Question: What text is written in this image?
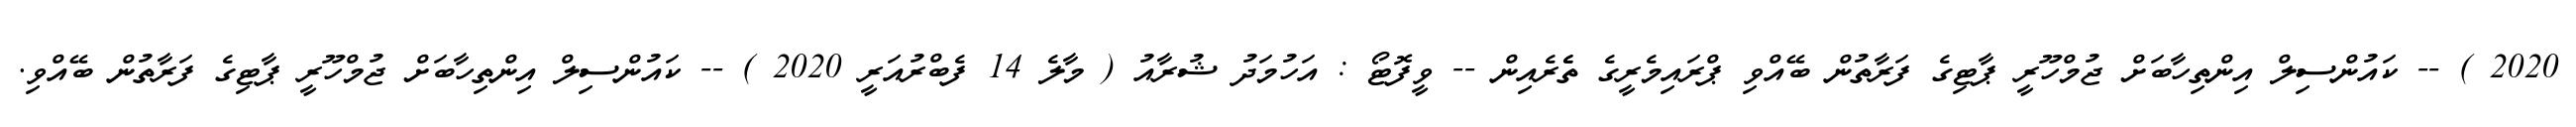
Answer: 2020 ) -- ކައުންސިލް އިންތިހާބަށް ޖުމްހޫރީ ޕާޓިގެ ފަރާތުން ބޭއްވި ޕްރައިމެރީގެ ތެެރެއިން -- ވީފޮޓޯ : އަހުމަދު ޝުރާއު ( މާލެ 14 ފެބްރުއަރީ 2020 ) -- ކައުންސިލް އިންތިހާބަށް ޖުމްހޫރީ ޕާޓިގެ ފަރާތުން ބޭއްވި.